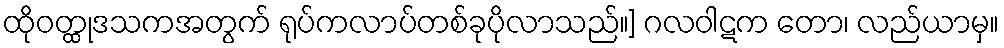
ထိုဝတ္ထုဒသကအတွက် ရုပ်ကလာပ်တစ်ခုပိုလာသည်။] ဂလဝါဋက တော၊ လည်ယာမှ။